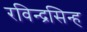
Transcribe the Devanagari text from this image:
रविन्द्रसिन्ह